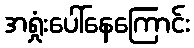
အရှုံးပေါ်နေကြောင်း